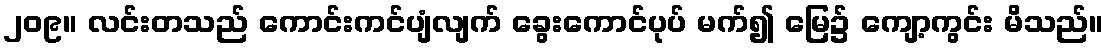
၂၀၉။ လင်းတသည် ကောင်းကင်ပျံလျက် ခွေးကောင်ပုပ် မက်၍ မြေ၌ ကျော့ကွင်း မိသည်။